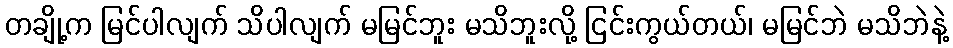
တချို့က မြင်ပါလျက် သိပါလျက် မမြင်ဘူး မသိဘူးလို့ ငြင်းကွယ်တယ်၊ မမြင်ဘဲ မသိဘဲနဲ့